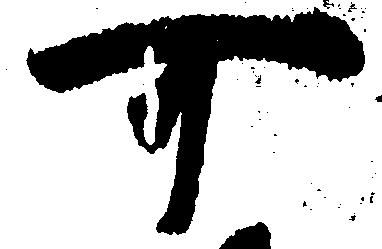
可